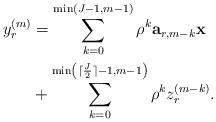
LaTeX: \begin{align*}y_r^{(m)}&=\sum_{k=0}^{\min\left(J-1,m-1\right)}\rho^k\mathbf{a}_{r,m-k}\mathbf{x} \\&+\sum_{k=0}^{\min\left(\lceil\frac{J}{2}\rceil-1,m-1\right)} \rho^k z_r^{(m-k)}.\end{align*}